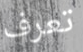
تعرف